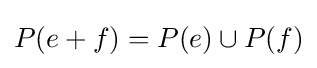
P(e+f)=P(e)\cup P(f)